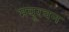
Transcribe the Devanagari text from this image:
मयूरवन